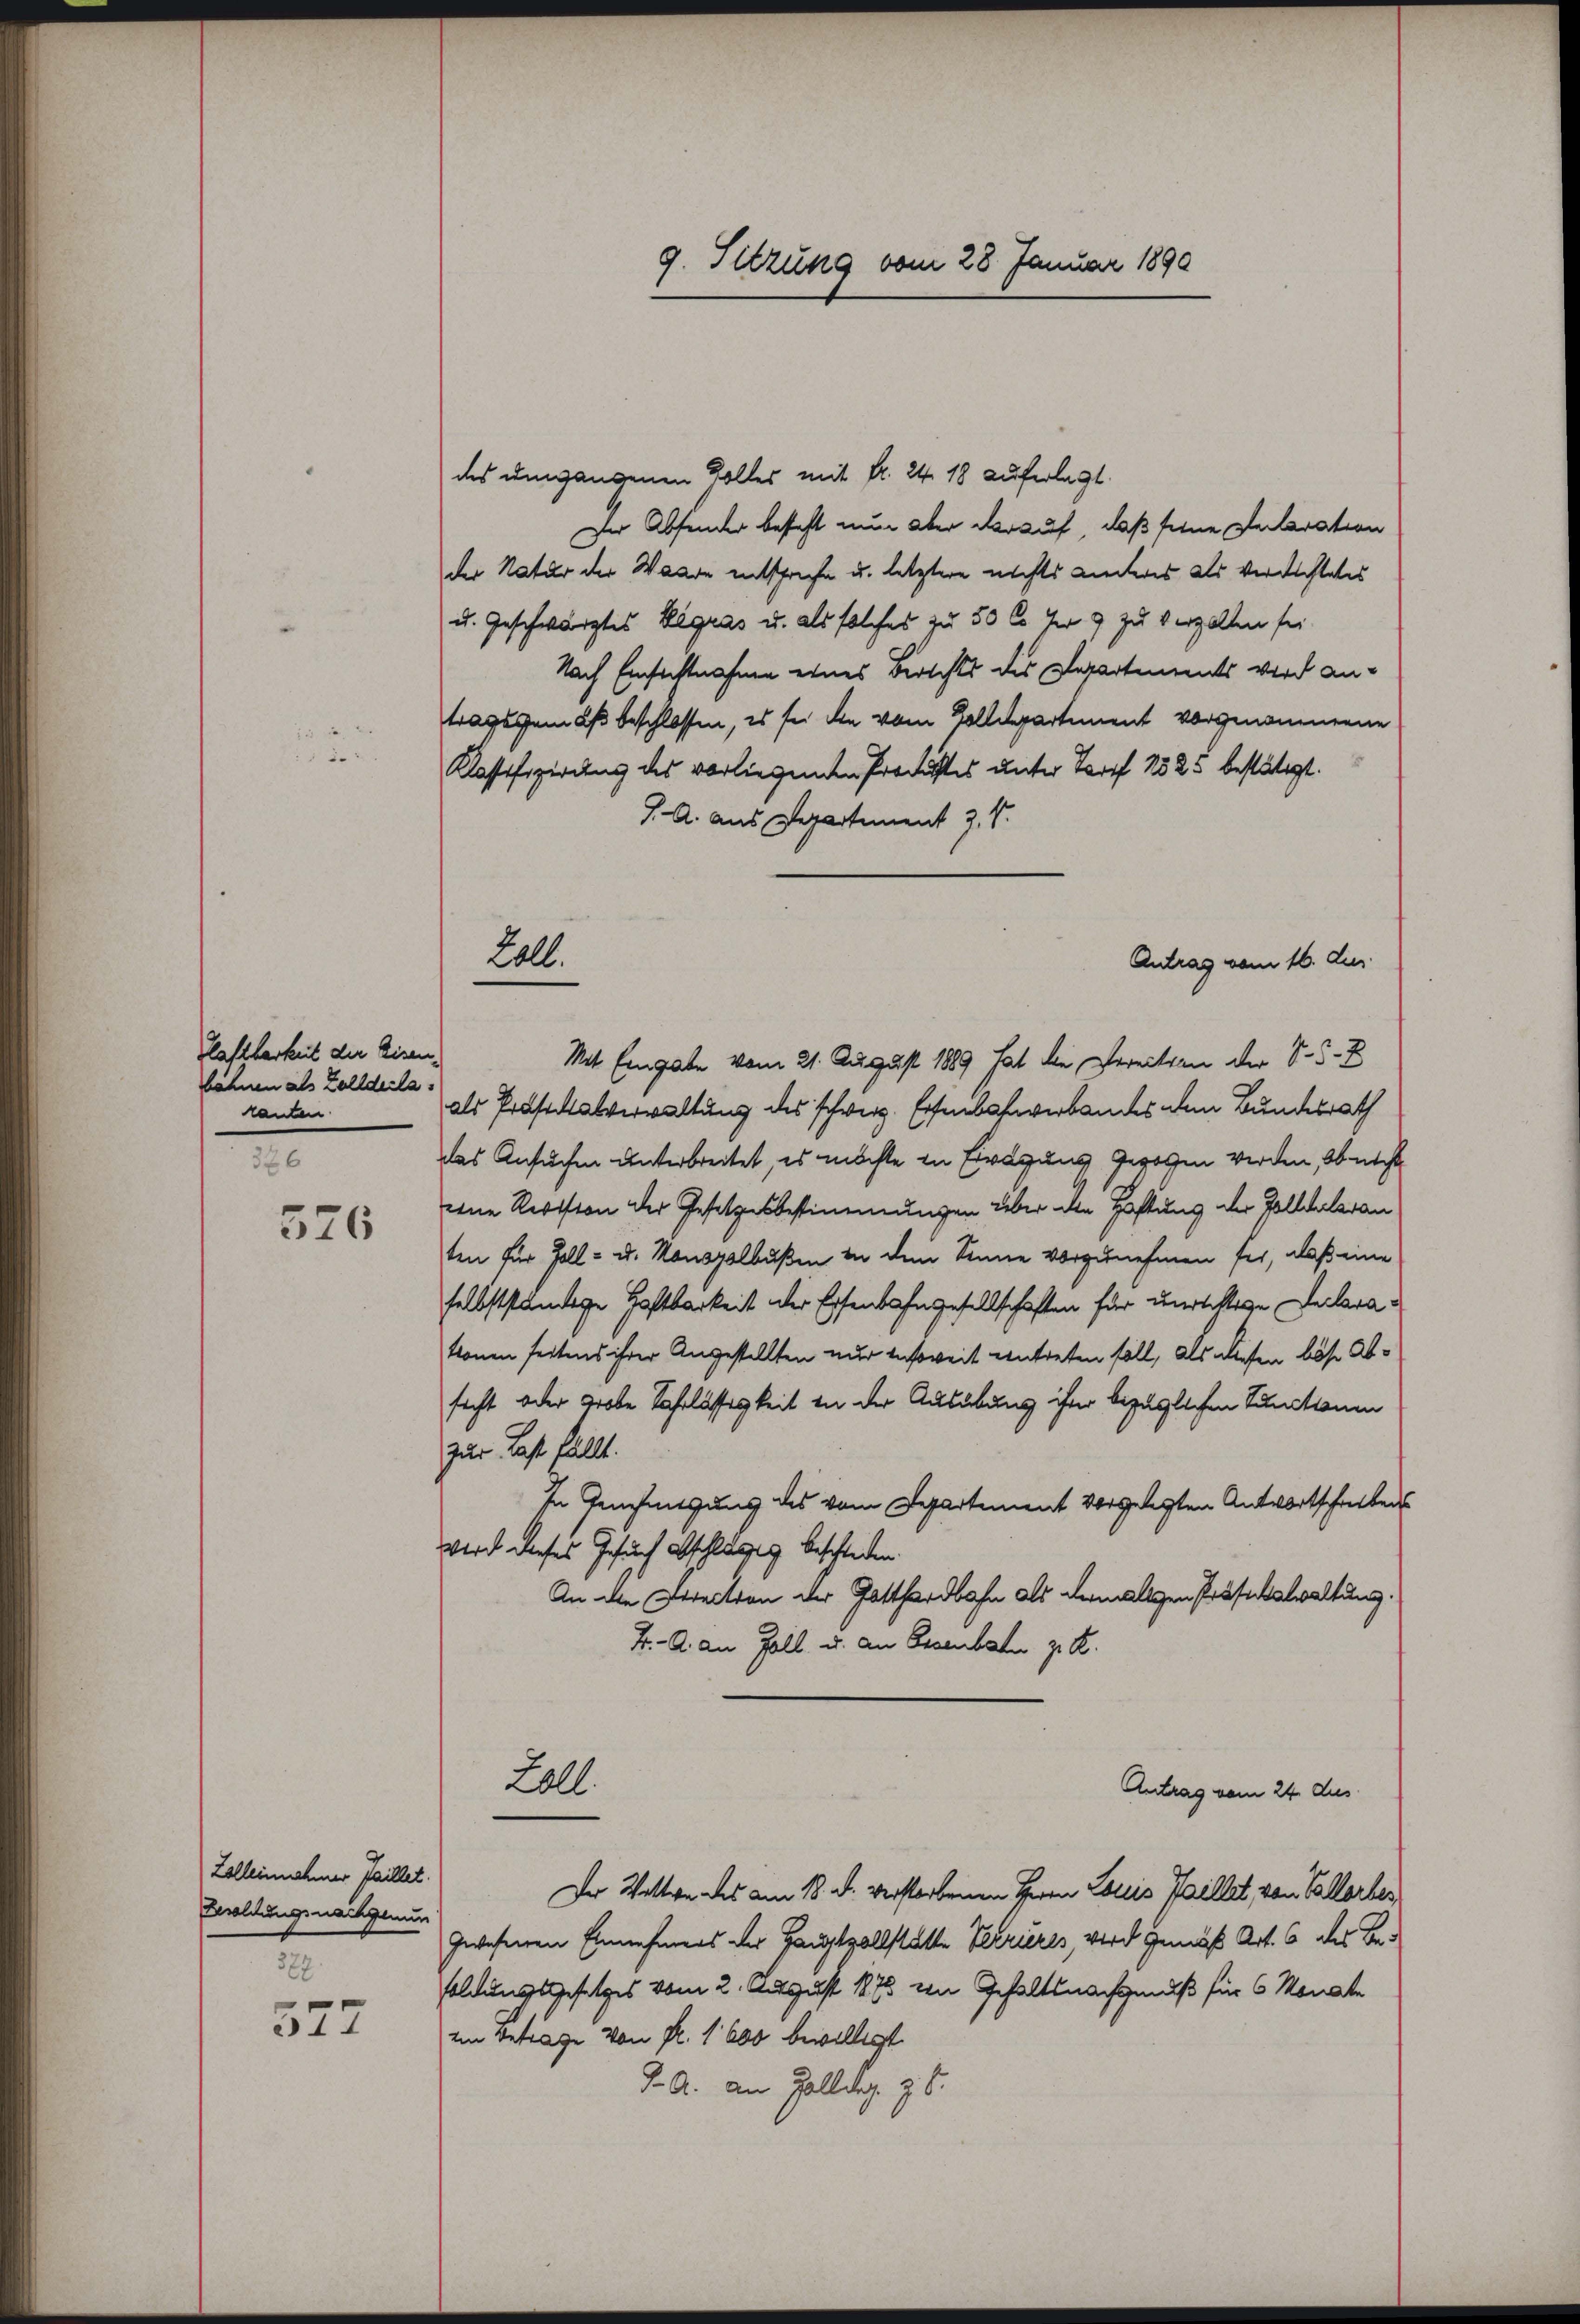
.

Klaftbarkeit der Eisen
löhnen als Zolldecla
kanten.
326

526

Zelleinnehmer Faillet.
Besoldungsnachgenun
327.

577

9. Sitzung vom 28. Januar 1890

des umgangenen Kolles mit fr. 24. 18 auferlegt.
Der Absonder besteht nun aber darauf, daß seine Inclaration
der Natur der Waare entsprechen u. letztere nichts Literes als verdachtetes
u. Geschwärztes Legras u. als solches zu 50 l. her 9 zu verzallen sei.
Nach Einsichtnahme eines Berichts des Departements wird antragsgemäß beschlossen, es sei die vom Golldepartement vorgenommene
Klassifizierung des vorliegenden Procestes unter Torff 1525 bestätigt.
J. A. aus Departement z. B.
Mit Eingabe vom 21. August 1889 hat die Vereitten der S. S. 2
als Prosackalverwaltung des schweiz. Eisenbahnverbandes dem Bundesrath
das Ansuchen unterbreitet, es möchte in Erwägung gewogen werden, Ob nicht
eine Revision der Gesetzesbestimmungen über die Haftung der Zollhaleranten für Zoll- u. Monsgalbußen in dem Sinne vorzunehmen fer, daß eine
selbstständige Haftbarkeit der Eisenbahngesellschaften für unstellige Dularatonen seitens ihrer Angestellten nur insoweit entreten soll, als diesen böse Absicht oder grobe Jahrlässigkeit in der Ausübung ihrer bezüglichen Sanctionen
zur Last fällt.
In Genehmigung des vom Spartement vorgelegten Antwortschreibens
Wird dieses Gesuch abschlägig beschieden.
An die Direction der Gotthardbahn als dermaligen Präsekatwaltung.
4. A. an Zoll u. an Essenbahn z. B.

Zoll.

2000.

Antrag vom 16. dur

Antrag vom 24. Aus

Der Wattwe des am 18. d. verstorbenen Herrn Louis Faillet von Vallorber
zwesenen Einnehmers der Hauptvollstatte Verrieres, wird gemäß Art. 6 des Besoldungsgesetzes vom 2. August 1873 von Gehaltsnachgenuß für 6 Monate
im Betrage von fl. 1600 bewilligt.
J. A. an Gallda z. B.